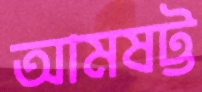
আমষট্ট